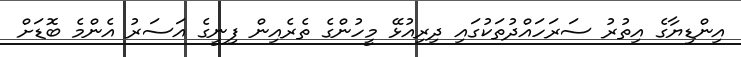
އިންޑިޔާގެ އިތުރު ސަރަހައްދުތަކުގައި ދިރިއުޅޭ މީހުންގެ ތެރެއިން ފިނީގެ އަސަރު އެންމެ ބޮޑަށް